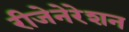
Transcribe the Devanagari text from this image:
रीजेनेरेशन